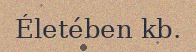
Életében kb.